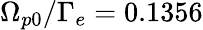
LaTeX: \Omega_{p0}/\Gamma_{e}=0.1356